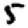
Digit: 5